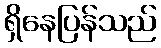
ရှိနေပြန်သည်